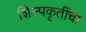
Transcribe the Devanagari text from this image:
शिल्पकृतींचा